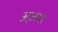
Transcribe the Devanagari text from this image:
अज़गर